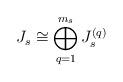
LaTeX: \begin{align*}J_s\cong \bigoplus_{q=1}^{m_s} J_s^{(q)} \end{align*}